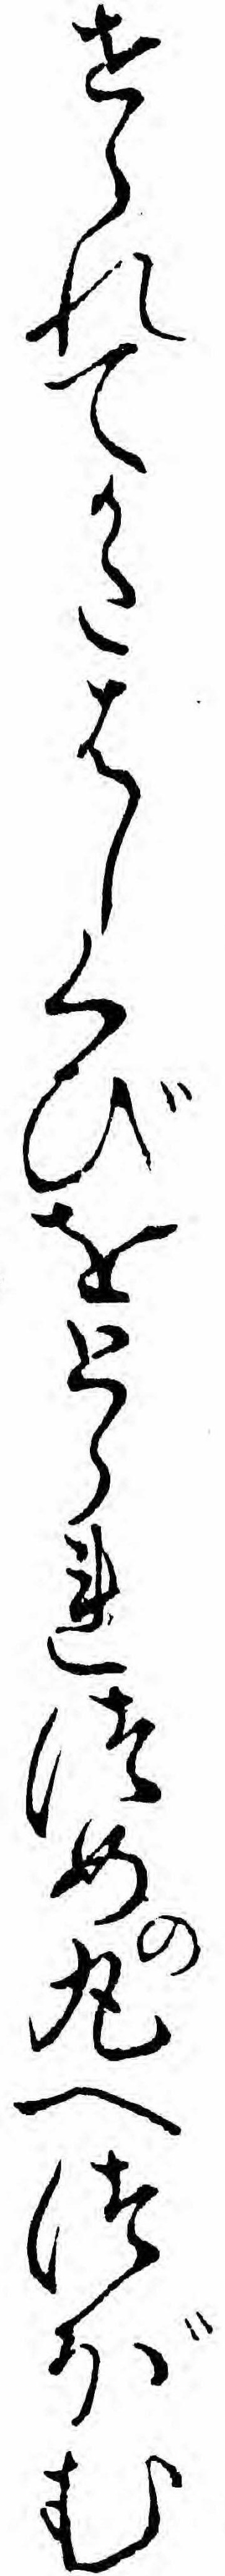
せられてかたはしくびをとられつめの丸へつぼむ